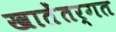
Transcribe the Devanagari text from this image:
खातेंतर्गत